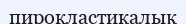
пирокластикалық